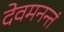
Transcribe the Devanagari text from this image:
देवमनन्तं